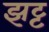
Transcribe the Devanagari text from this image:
झट्ट